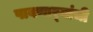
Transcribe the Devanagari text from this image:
पावणार्‍यांची